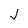
Character: J